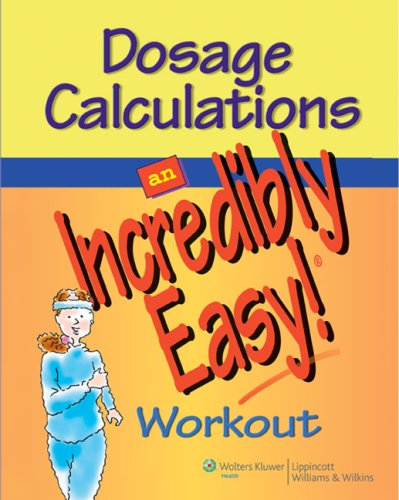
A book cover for Dosage Calculations: An Incredibly Easy! Workout (Incredibly Easy! SeriesÂ®); Springhouse; Medical Books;